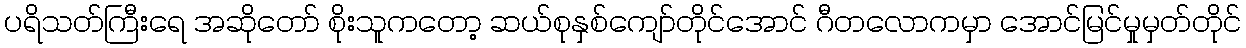
ပရိသတ်ကြီးရေ အဆိုတော် စိုးသူကတော့ ဆယ်စုနှစ်ကျော်တိုင်အောင် ဂီတလောကမှာ အောင်မြင်မှုမှတ်တိုင်